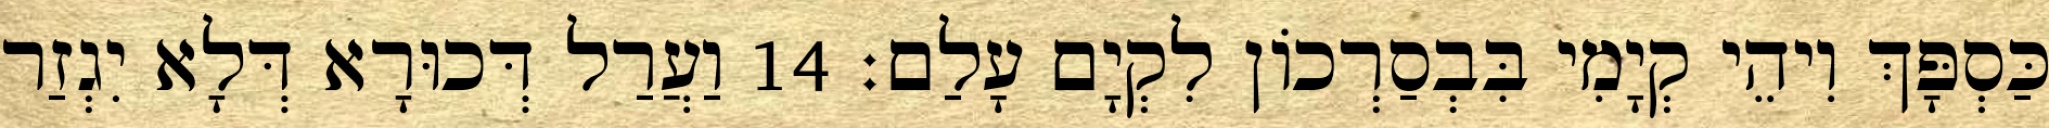
כַּסְפָּךְ וִיהֵי קְיָמִי בִּבְסַרְכוֹן לִקְיָם עָלַם׃ 14 וַעֲרַל דְּכוּרָא דְּלָא יִגְזַר